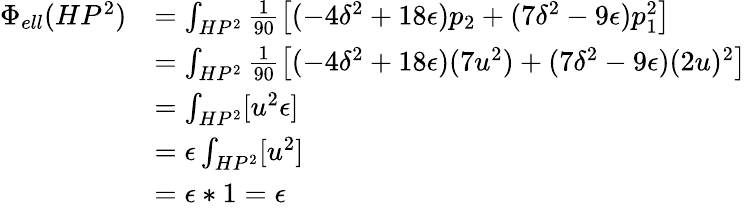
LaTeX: {\begin{array}{rl}{\Phi_{ell}(HP^{2})}&{=\int_{HP^{2}}{\frac{1}{90}}{\big[}(-4\delta^{2}+18\epsilon)p_{2}+(7\delta^{2}-9\epsilon)p_{1}^{2}{\big]}}\\ &{=\int_{HP^{2}}{\frac{1}{90}}{\big[}(-4\delta^{2}+18\epsilon)(7u^{2})+(7\delta^{2}-9\epsilon)(2u)^{2}{\big]}}\\ &{=\int_{HP^{2}}[u^{2}\epsilon]}\\ &{=\epsilon\int_{HP^{2}}[u^{2}]}\\ &{=\epsilon*1=\epsilon}\end{array}}